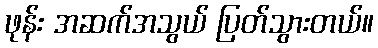
ဖုန်း အဆက်အသွယ် ပြတ်သွားတယ်။